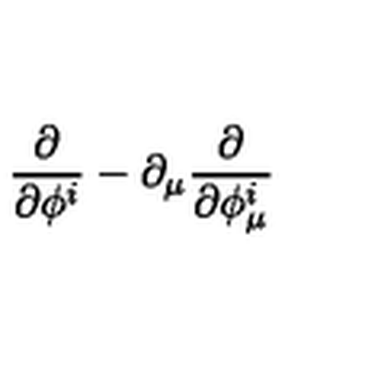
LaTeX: \frac { \partial } { \partial \phi ^ { i } } - \partial _ { \mu } \frac { \partial } { \partial \phi _ { \mu } ^ { i } }